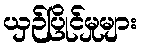
ယှဉ်ပြိုင်မှုများ